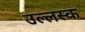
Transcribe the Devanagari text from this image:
उल्लस्क